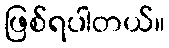
ဖြစ်ရပါတယ်။